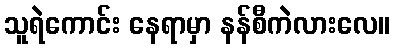
သူရဲကောင်း နေရာမှာ နန်စီကဲလားလေ။